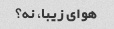
هوای زیبا، نه؟